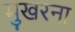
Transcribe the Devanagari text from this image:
मुखरना